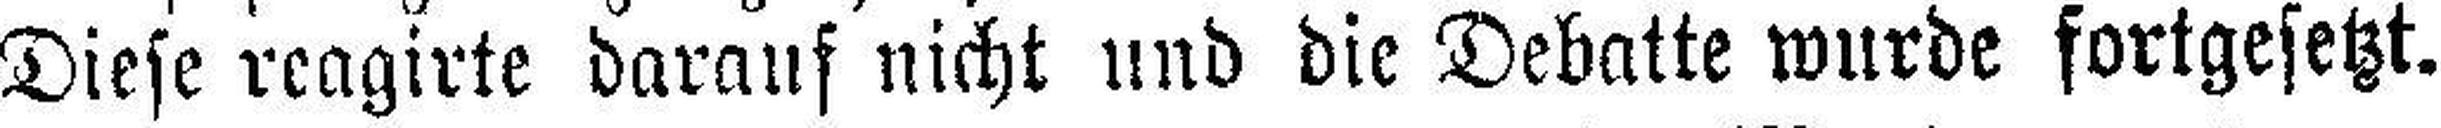
Diese reagirte darauf nicht und die Debatte wurde fortgesetzt.